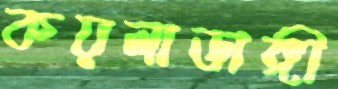
কয়লাডাঙ্গী